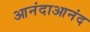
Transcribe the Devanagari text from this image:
आनंदाआनंद